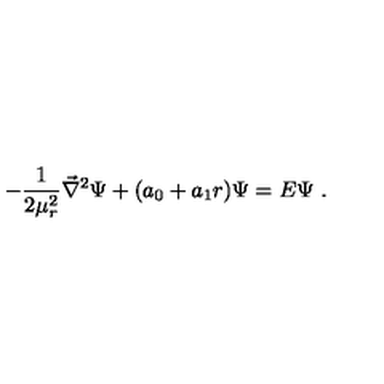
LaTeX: - { \frac { 1 } { 2 \mu _ { r } ^ { 2 } } } { \vec { \nabla } } ^ { 2 } \Psi + ( a _ { 0 } + a _ { 1 } r ) \Psi = E \Psi \ .